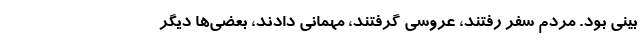
بینی بود. مردم سفر رفتند، عروسی گرفتند، مهمانی دادند، بعضی‌ها دیگر